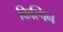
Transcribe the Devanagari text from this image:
किल्पिन